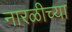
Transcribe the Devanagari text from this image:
नारळीच्या